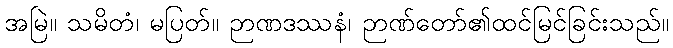
အမြဲ။ သမိတံ၊ မပြတ်။ ဉာဏဒဿနံ၊ ဉာဏ်တော်၏ထင်မြင်ခြင်းသည်။